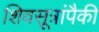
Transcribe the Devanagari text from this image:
शिवसूत्रांपैकी